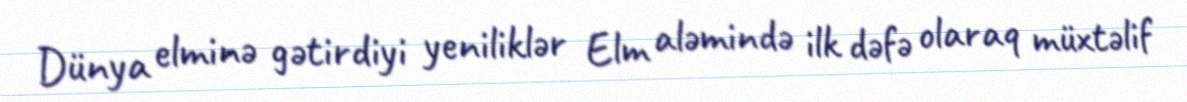
Dünya elminə gətirdiyi yeniliklər Elm aləmində ilk dəfə olaraq müxtəlif